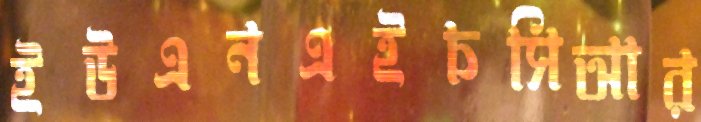
ইউএনএইচসিআর